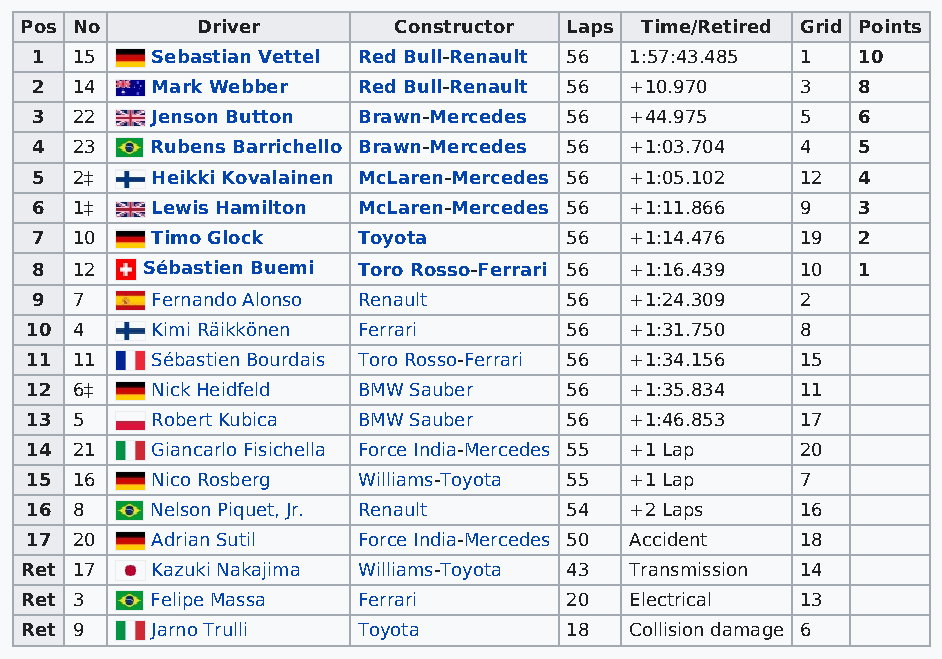
Pos No      Driver       Constructor Laps Time/Retired Grid Points
 1  15   Sebastian Vettel Red Bull-Renault 56 1:57:43.485 1 10
 2  14   Mark Webber   Red Bull-Renault 56 +10.970  3   8
 3  22   Jenson Button Brawn-Mercedes 56 +44.975    5   6
 4  23   Rubens Barrichello Brawn-Mercedes 56 +1:03.704 4 5
 5  2‡   Heikki Kovalainen McLaren-Mercedes 56 +1:05.102 12 4
 6  1‡   Lewis Hamilton McLaren-Mercedes 56 +1:11.866 9 3
 7  10   Timo Glock    Toyota       56   +1:14.476  19  2
 8  12  Sébastien Buemi Toro Rosso-Ferrari 56 +1:16.439 10 1
 9  7    Fernando Alonso Renault    56   +1:24.309  2
 10 4    Kimi Räikkönen Ferrari     56   +1:31.750  8
 11 11   Sébastien Bourdais Toro Rosso-Ferrari 56 +1:34.156 15
 12 6‡   Nick Heidfeld BMW Sauber   56   +1:35.834  11
 13 5    Robert Kubica BMW Sauber   56   +1:46.853  17
 14 21   Giancarlo Fisichella Force India-Mercedes 55 +1 Lap 20
 15 16   Nico Rosberg  Williams-Toyota 55 +1 Lap    7
 16 8    Nelson Piquet, Jr. Renault 54   +2 Laps    16
 17 20   Adrian Sutil  Force India-Mercedes 50 Accident 18
 Ret 17   Kazuki Nakajima Williams-Toyota 43 Transmission 14
 Ret 3    Felipe Massa  Ferrari      20   Electrical 13
 Ret 9    Jarno Trulli  Toyota       18   Collision damage 6